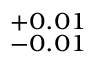
^ { + 0 . 0 1 } _ { - 0 . 0 1 }